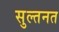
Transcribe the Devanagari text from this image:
सुल्तनत